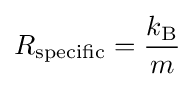
R_{\text{specific}}={\frac {k_{\text{B}}}{m}}